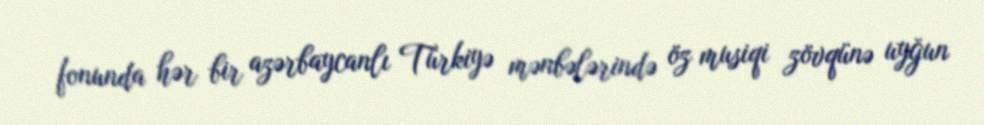
fonunda hər bir azərbaycanlı Türkiyə mənbələrində öz musiqi zövqünə uyğun